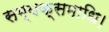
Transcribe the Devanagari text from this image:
सम्यक्समाधि।